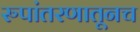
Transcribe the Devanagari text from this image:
रुपांतरणातूनच